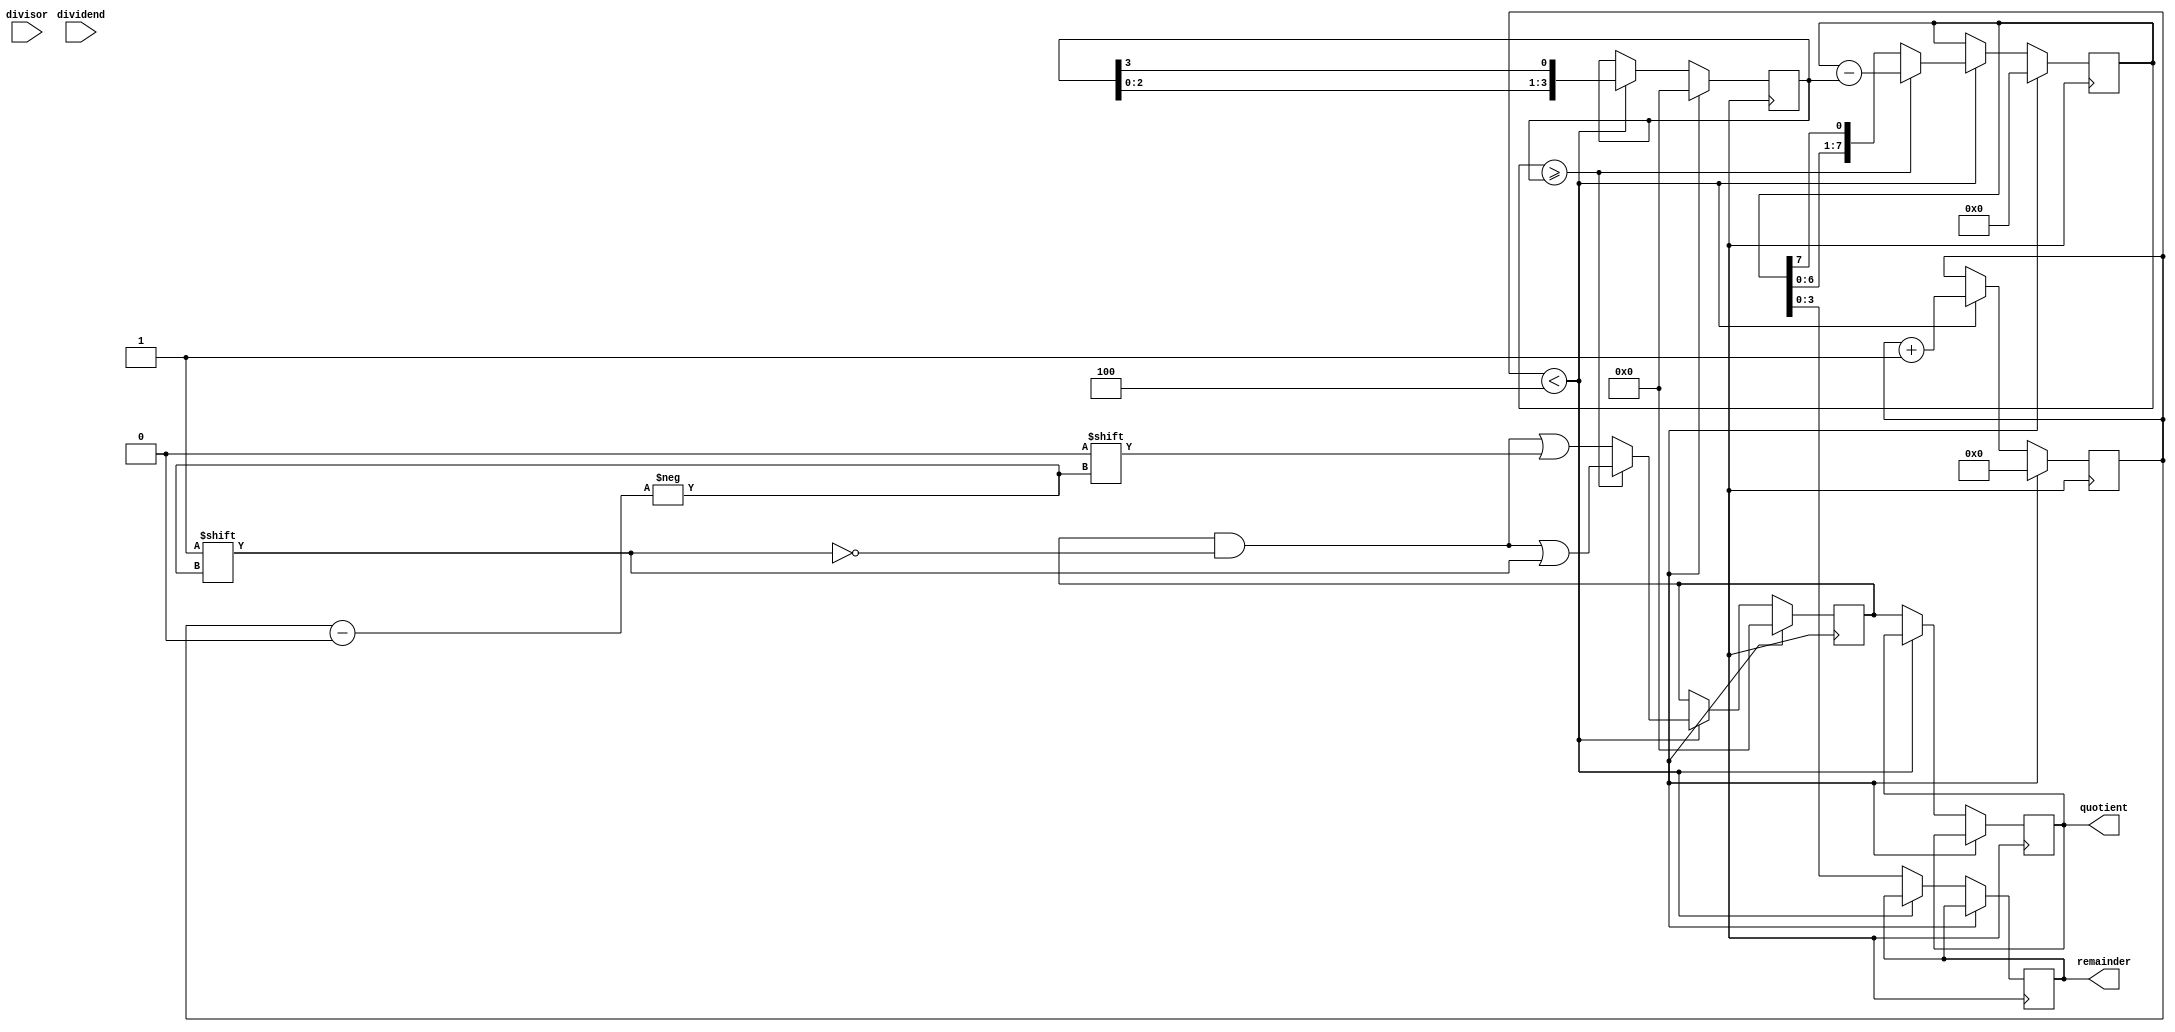
module binary_divider (
    input wire [7:0] dividend, // 8-bit dividend
    input wire [3:0] divisor, // 4-bit divisor
    output reg [3:0] quotient, // 4-bit quotient
    output reg [3:0] remainder // 4-bit remainder
);

reg [7:0] dividend_reg; // register for storing the dividend
reg [3:0] divisor_reg; // register for storing the divisor
reg [3:0] quotient_reg; // register for storing the quotient
reg [3:0] remainder_reg; // register for storing the remainder
reg [6:0] count; // counter for tracking the number of clock cycles

always @(posedge clk) begin
    if (reset) begin
        dividend_reg <= 8'b0;
        divisor_reg <= 4'b0;
        quotient_reg <= 4'b0;
        remainder_reg <= 4'b0;
        count <= 7'b0;
    end else begin
        if (count < 4) begin // 4 clock cycles for 4-bit dividend and divisor
            // Shift the dividend and divisor registers
            dividend_reg <= {dividend_reg[6:0], dividend_reg[7]};
            divisor_reg <= {divisor_reg[2:0], divisor_reg[3]};

            // Perform subtraction to find the quotient and remainder
            if (dividend_reg >= divisor_reg) begin
                dividend_reg <= dividend_reg - divisor_reg;
                quotient_reg[count] <= 1'b1;
            end else begin
                quotient_reg[count] <= 1'b0;
            end

            // Increment the counter
            count <= count + 1;
        end else begin // Calculation complete
            quotient <= quotient_reg;
            remainder <= dividend_reg;
        end
    end
end

endmodule